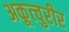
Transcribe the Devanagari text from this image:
अकूत्चुरीर